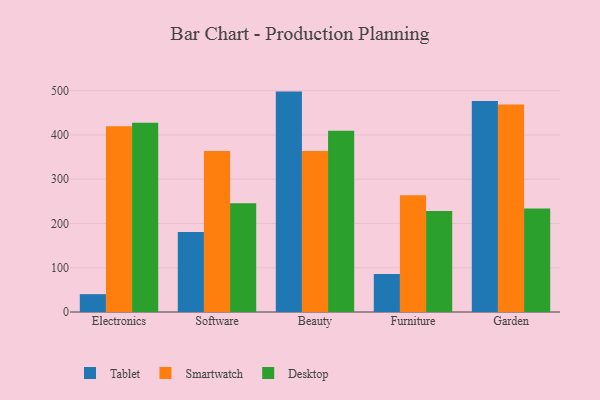
{"axis": {"x": "Category", "y": "Inventory Turnover"}, "legend": ["Desktop", "Smartwatch", "Tablet"], "data": [{"x": "Electronics", "y": 40.3, "type": "Tablet"}, {"x": "Electronics", "y": 419.7, "type": "Smartwatch"}, {"x": "Electronics", "y": 427.5, "type": "Desktop"}, {"x": "Software", "y": 180.9, "type": "Tablet"}, {"x": "Software", "y": 363.6, "type": "Smartwatch"}, {"x": "Software", "y": 245.9, "type": "Desktop"}, {"x": "Beauty", "y": 498.0, "type": "Tablet"}, {"x": "Beauty", "y": 363.6, "type": "Smartwatch"}, {"x": "Beauty", "y": 409.5, "type": "Desktop"}, {"x": "Furniture", "y": 85.9, "type": "Tablet"}, {"x": "Furniture", "y": 264.0, "type": "Smartwatch"}, {"x": "Furniture", "y": 228.2, "type": "Desktop"}, {"x": "Garden", "y": 476.9, "type": "Tablet"}, {"x": "Garden", "y": 468.7, "type": "Smartwatch"}, {"x": "Garden", "y": 233.8, "type": "Desktop"}]}